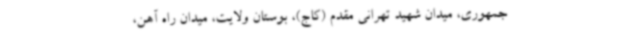
جمهوری، میدان شهید تهرانی مقدم (کاج)، بوستان ولایت، میدان راه آهن،